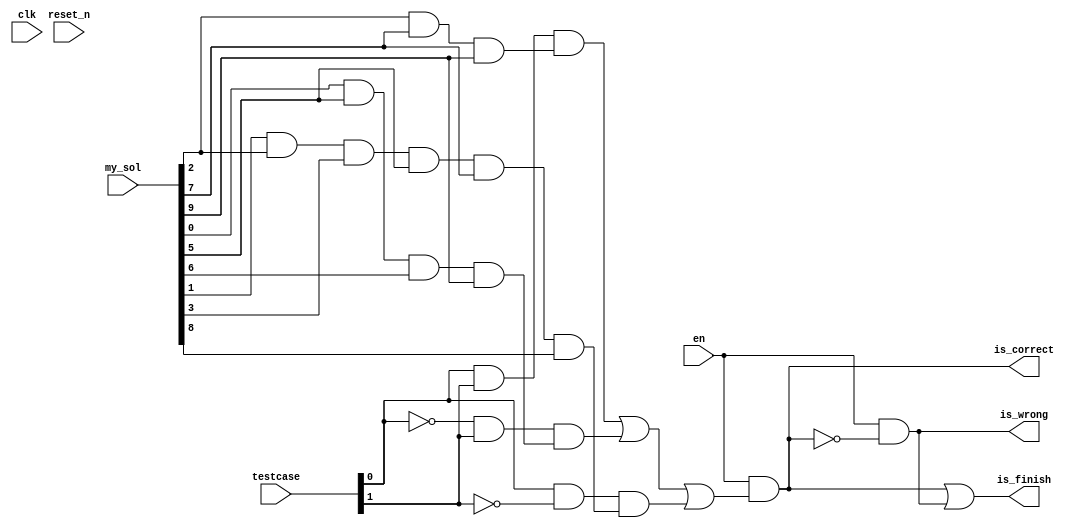
`timescale 1ns / 1ps

module state_011(
    input clk,
    input reset_n,
    input en,
    input [1:0] testcase,
    input [9:0] my_sol,
    output is_correct,
    output is_wrong,
    output is_finish
    );
    
    reg is_start;
    reg [9:0] solution [0:3];
    
     //is start  
   /* initial begin
        is_start <= 1;
    end
    
    always@(en & clk) begin // clk
        is_start = 0;
    end
    */
    initial begin
        solution[3] <= {1'b1, 1'b0, 1'b1, 1'b0, 1'b0, 1'b0, 1'b0, 1'b1, 1'b0, 1'b0};
        solution[2] <= {1'b1, 1'b0, 1'b0, 1'b1, 1'b1, 1'b0, 1'b0, 1'b0, 1'b0, 1'b1}; 
        solution[1] <= {1'b0, 1'b1, 1'b1, 1'b0, 1'b1, 1'b0, 1'b1, 1'b1, 1'b1, 1'b0}; 
        solution[0] <= 0;
    end
    
  
    assign is_correct = 
    en & ( 
       ((testcase[0] & testcase[1]) & (my_sol[2] & my_sol[7] & my_sol[9])) |
       ((!testcase[0] & testcase[1]) & (my_sol[0] & my_sol[5] & my_sol[6] & my_sol[9])) |
       ((testcase[0] & !testcase[1]) & (my_sol[1] & my_sol[2] & my_sol[3] & my_sol[5] & my_sol[7] & my_sol[8]))
    );
    
    assign is_wrong = en & ~is_correct;
    assign is_finish = (is_correct | is_wrong);
        
         
endmodule